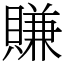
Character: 賺